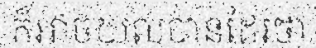
ក៏អាចយល់បានដែរថា